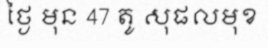
ថ្ងៃ មុន 47 តូ សុផលមុខ